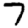
Digit: 7